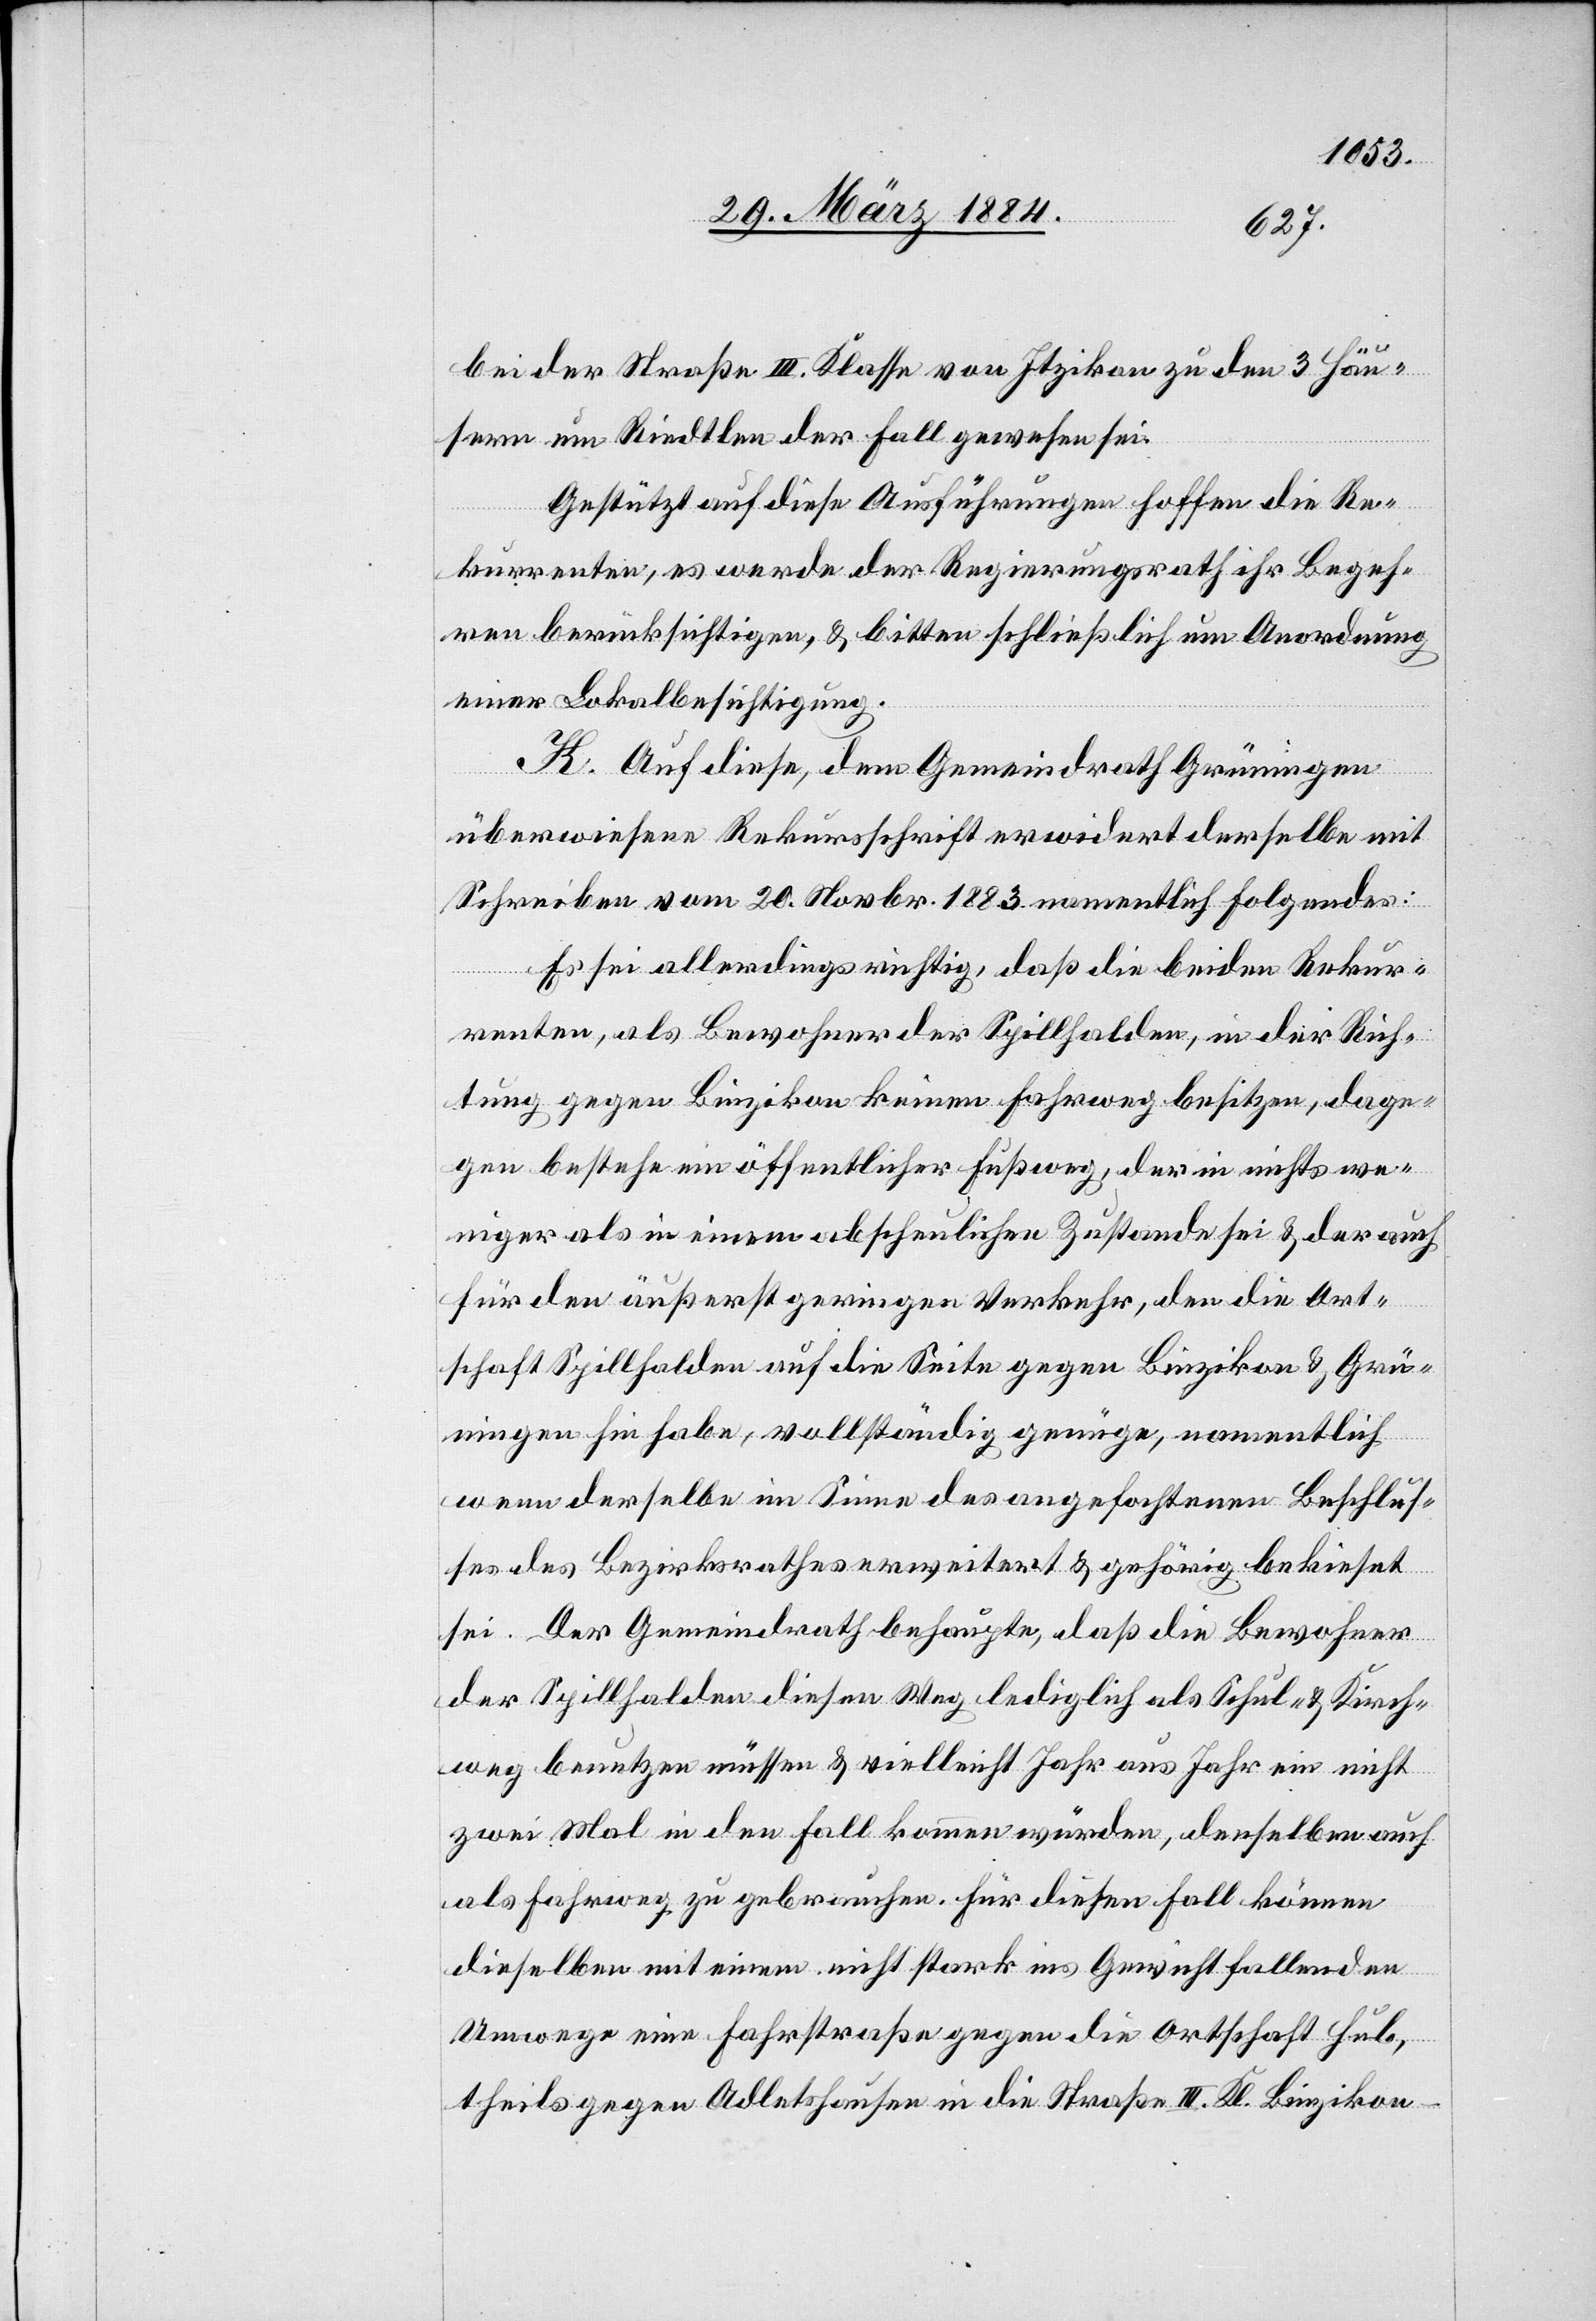
bei der Straße III. Klasse von Itzikon zu den 3 Häu¬
sern im Riedtlen der Fall gewesen sei.
Gestützt auf diese Ausführungen hoffen die Re¬
kurrenten, es werde der Regierungsrath ihr Begeh¬
ren berücksichtigen, & bitten schließlich um Anordnung
einer Lokalbesichtigung.
K. Auf diese, dem Gemeindrath Grüningen
überwiesene Rekursschrift erwidert derselbe mit
Schreiben vom 20. Novbr. 1883 namentlich Folgendes:
Es sei allerdings richtig, daß die beiden Rekur¬
renten, als Bewohner der Spillhalden, in der Rich¬
tung gegen Binzikon keinen Fahrweg besitzen, dage¬
gen bestehe ein öffentlicher Fußweg, der in nichts we¬
niger als in einem abscheulichen Zustande sei & der auch
für den äußerst geringen Verkehr, den die Ort¬
schaft Spillhalden auf die Seite gegen Binzikon & Grü¬
ningen hin habe, vollständig genüge, namentlich
wenn derselbe im Sinne des angefochtenen Beschlus¬
ses des Bezirksrathes erweitert & gehörig bekiest
sei. Der Gemeindrath behaupte, daß die Bewohner
der Spillhalden diesen Weg lediglich als Schul- & Kirch¬
weg benutzen müssen & vielleicht Jahr aus Jahr ein nicht
zwei Mal in den Fall kommen würden, denselben auch
als Fahrweg zu gebrauchen. Für diesen Fall können
dieselben mit einem nicht stark ins Gewicht fallenden
Umwege eine Fahrstraße gegen die Ortschaft Hub,
theils gegen Adletshausen in die Straße III. Kl. Binzikon–